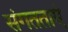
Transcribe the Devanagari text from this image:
संगतताएं